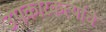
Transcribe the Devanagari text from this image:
उपकारकर्त्याचे